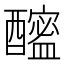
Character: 𨣘